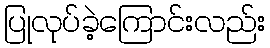
ပြုလုပ်ခဲ့ကြောင်းလည်း